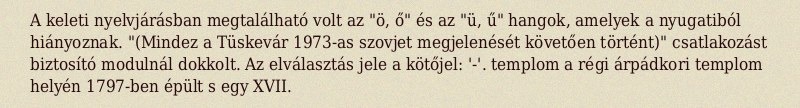
A keleti nyelvjárásban megtalálható volt az "ö, ő" és az "ü, ű" hangok, amelyek a nyugatiból hiányoznak. "(Mindez a Tüskevár 1973-as szovjet megjelenését követően történt)" csatlakozást biztosító modulnál dokkolt. Az elválasztás jele a kötőjel: '-'. templom a régi árpádkori templom helyén 1797-ben épült s egy XVII.